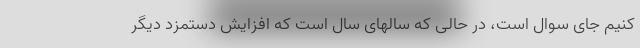
کنیم جای سوال است، در حالی که سالهای سال است که افزایش دستمزد دیگر